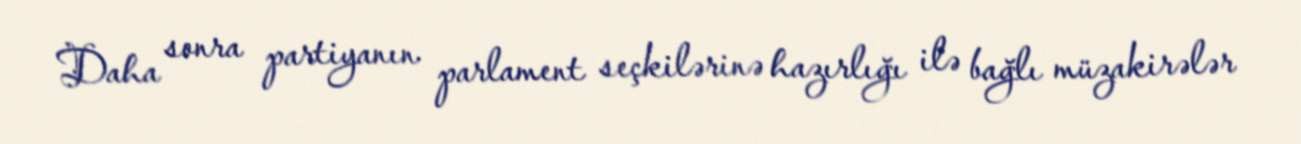
Daha sonra partiyanın parlament seçkilərinə hazırlığı ilə bağlı müzakirələr